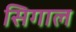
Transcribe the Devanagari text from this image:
सिगाल